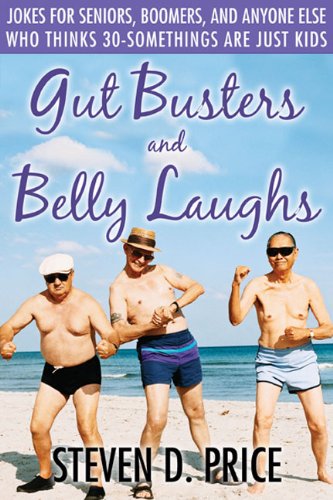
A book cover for Gut Busters and Belly Laughs: Jokes for Seniors, Boomers, and Anyone Else Who Thinks 30-Somethings Are Just Kids; Steven D. Price; Humor & Entertainment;